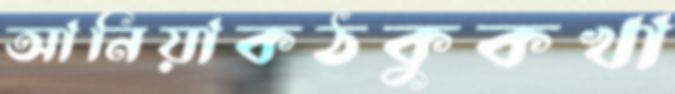
আনিয়াকঠকুকখা